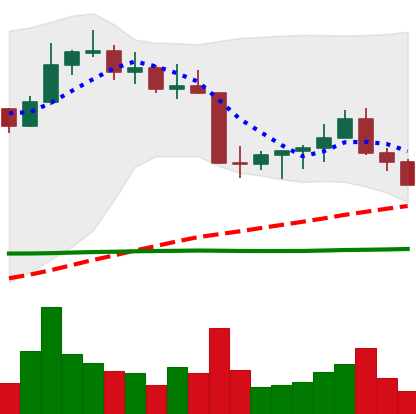
Ticker: ETC-USD
Chart end date: 2022-08-28
Forward return: 5.174%
Label: up_5_7